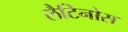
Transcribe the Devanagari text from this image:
लैटिनोस